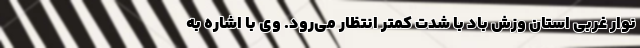
نوار غربی استان وزش باد با شدت کمتر انتظار می‌رود. وی با اشاره به